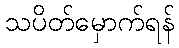
သပိတ်မှောက်ရန်